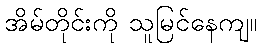
အိမ်တိုင်းကို သူမြင်နေကျ။